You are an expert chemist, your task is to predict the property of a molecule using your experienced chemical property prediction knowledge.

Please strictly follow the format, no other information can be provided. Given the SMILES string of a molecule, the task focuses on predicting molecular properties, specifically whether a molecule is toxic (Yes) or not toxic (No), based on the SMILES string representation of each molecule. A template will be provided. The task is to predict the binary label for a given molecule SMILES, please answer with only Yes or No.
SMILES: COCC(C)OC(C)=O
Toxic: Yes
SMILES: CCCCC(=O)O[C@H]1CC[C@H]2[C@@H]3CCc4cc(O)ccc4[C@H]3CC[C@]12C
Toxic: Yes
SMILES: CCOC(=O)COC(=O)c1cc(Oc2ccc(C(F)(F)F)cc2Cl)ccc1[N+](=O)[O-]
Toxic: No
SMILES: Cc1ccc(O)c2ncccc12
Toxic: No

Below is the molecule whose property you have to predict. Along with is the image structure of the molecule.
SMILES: Cc1cc(-c2ccccc2)nnc1NCCN1CCOCC1
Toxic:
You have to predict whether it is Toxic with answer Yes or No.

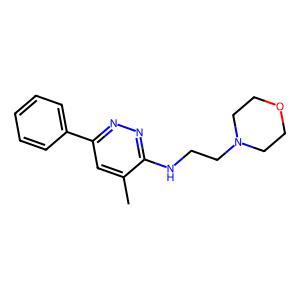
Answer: No